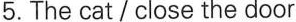
5.The cat/close the door